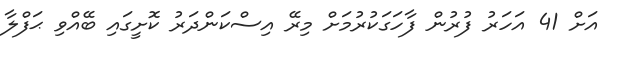
އަށް 41 އަހަރު ފުރުން ފާހަގަކުރުމަށް މިރޭ އިސްކަންދަރު ކޮށީގައި ބޭއްވި ޙަފްލާ